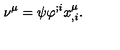
\nu ^ { \mu } = \psi \varphi ^ { ; i } x _ { , i } ^ { \mu } .